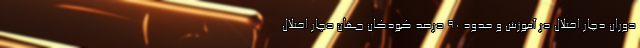
دوران دچار اختلال در آموزش و حدود ۹۰ درصد کودکان جهان دچار اختلال